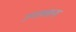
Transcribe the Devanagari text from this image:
उगलवाना